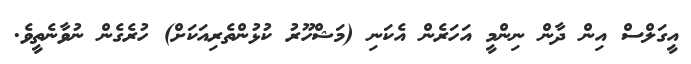
އީގަލްސް އިން ދާން ނިންމީ އަހަރެން އެކަނި (މަޝްހޫރު ކުޅުންތެރިއަކަށް) ހުރެގެން ނުވާނެތީވެ.